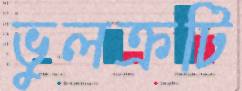
ভুলক্রটি